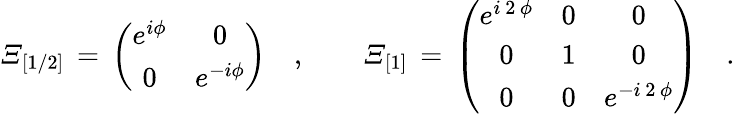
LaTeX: {\mit\Xi}_{[1/2]}\, =\, \left(\begin{array}{cc}{{e^{i\phi}}}&{{0}}\\ {{0}}&{{e^{-i\phi}}}\end{array}\right)\quad,\qquad{\mit\Xi}_{[1]}\, =\, \left(\begin{array}{ccc}{{e^{i\, 2\, \phi}}}&{{0}}&{{0}}\\ {{0}}&{{1}}&{{0}}\\ {{0}}&{{0}}&{{e^{-i\, 2\, \phi}}}\end{array}\right)\quad.